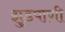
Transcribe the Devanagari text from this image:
झुडपाणी